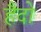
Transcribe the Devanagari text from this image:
हैदो